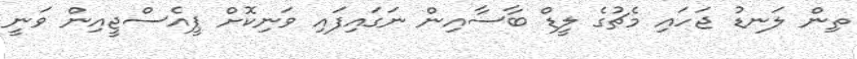
ތިން ލަނޑު ޖަހައި މެޗުގެ ލީޑް ބާސާއިން ނަގައިފައި ވަނިކޮށް ޕީއެސްޖީއިން ވަނީ